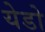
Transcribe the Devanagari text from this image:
येडो